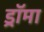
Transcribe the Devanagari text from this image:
ड्रॉमा